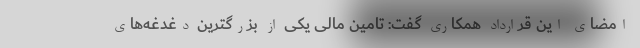
امضای این قرارداد همکاری گفت: تامین مالی یکی از بزرگترین دغدغه‌های